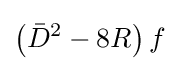
\left({\bar {D}}^{2}-8R\right)f